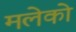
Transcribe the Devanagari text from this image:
मलेको